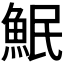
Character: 𫙗